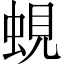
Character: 蜆